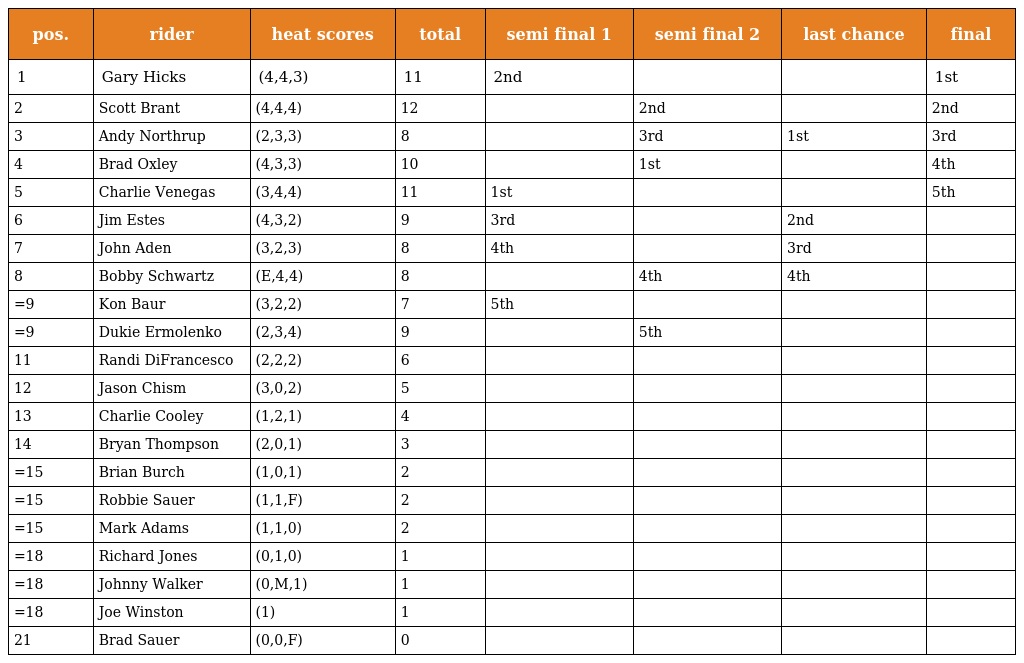
| pos. | rider | heat scores | total | semi final 1 | semi final 2 | last chance | final |
 | --- | --- | --- | --- | --- | --- | --- | --- |
 | 1 | Gary Hicks | (4,4,3) | 11 | 2nd |  |  | 1st |
 | 2 | Scott Brant | (4,4,4) | 12 |  | 2nd |  | 2nd |
 | 3 | Andy Northrup | (2,3,3) | 8 |  | 3rd | 1st | 3rd |
 | 4 | Brad Oxley | (4,3,3) | 10 |  | 1st |  | 4th |
 | 5 | Charlie Venegas | (3,4,4) | 11 | 1st |  |  | 5th |
 | 6 | Jim Estes | (4,3,2) | 9 | 3rd |  | 2nd |  |
 | 7 | John Aden | (3,2,3) | 8 | 4th |  | 3rd |  |
 | 8 | Bobby Schwartz | (E,4,4) | 8 |  | 4th | 4th |  |
 | =9 | Kon Baur | (3,2,2) | 7 | 5th |  |  |  |
 | =9 | Dukie Ermolenko | (2,3,4) | 9 |  | 5th |  |  |
 | 11 | Randi DiFrancesco | (2,2,2) | 6 |  |  |  |  |
 | 12 | Jason Chism | (3,0,2) | 5 |  |  |  |  |
 | 13 | Charlie Cooley | (1,2,1) | 4 |  |  |  |  |
 | 14 | Bryan Thompson | (2,0,1) | 3 |  |  |  |  |
 | =15 | Brian Burch | (1,0,1) | 2 |  |  |  |  |
 | =15 | Robbie Sauer | (1,1,F) | 2 |  |  |  |  |
 | =15 | Mark Adams | (1,1,0) | 2 |  |  |  |  |
 | =18 | Richard Jones | (0,1,0) | 1 |  |  |  |  |
 | =18 | Johnny Walker | (0,M,1) | 1 |  |  |  |  |
 | =18 | Joe Winston | (1) | 1 |  |  |  |  |
 | 21 | Brad Sauer | (0,0,F) | 0 |  |  |  |  |